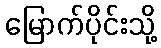
မြောက်ပိုင်းသို့